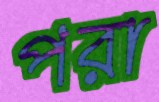
পরা